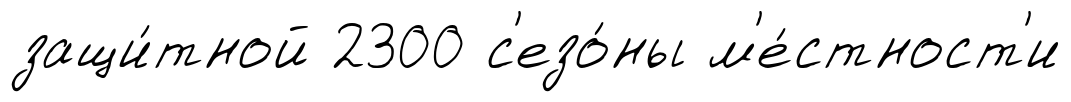
защи́тной 2300 с'езо́ны м'е́стност'и